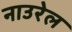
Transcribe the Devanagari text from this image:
नाउरेल